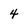
Character: 4